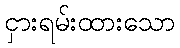
ငှားရမ်းထားသော